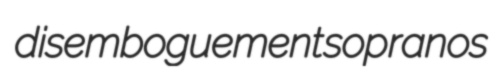
disemboguement sopranos